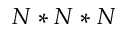
N * N * N